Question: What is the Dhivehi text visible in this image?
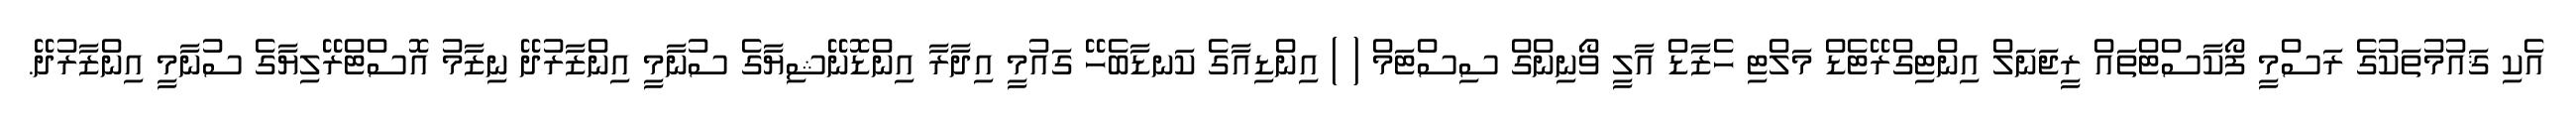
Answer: އެކި ޤައުމުތަކުގެ ރަސްމީ ފޯކާސްޓްތައް ރީޖަނަލް އިންޓިގްރޭޓެޑް މަލްޓި ހެޒާޑް އާލީ ވޯނިންގް ސިސްޓަމް ( ) އިންޑިއާގެ ކަނޑާބެހޭ ގައުމީ އިދާރާ އިންޑޮނޭޝިޔާގެ ސުނާމީ އިންޒާރުދޭ ނިޒާމު އޮސްޓްރޭލިޔާގެ ސުނާމީ އިންޒާރުދޭ.